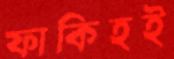
ফাকিহই